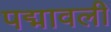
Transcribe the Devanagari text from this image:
पद्मावली